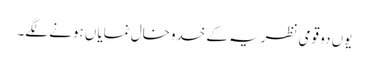
یوں دو قومی نظریہ کے خدوخال نمایاں ہونے لگے۔